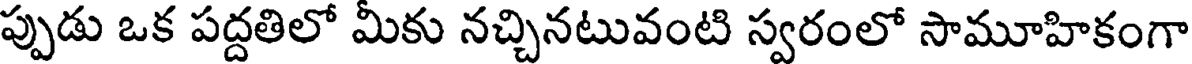
ప్పుడు ఒక పద్దతిలో మీకు నచ్చినటువంటి స్వరంలో సామూహికంగా